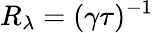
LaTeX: R_{\lambda}=(\gamma\tau)^{-1}